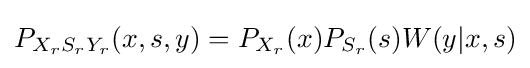
\textstyle P_{X_{r}S_{r}Y_{r}}(x,s,y)=P_{X_{r}}(x)P_{S_{r}}(s)W(y|x,s)